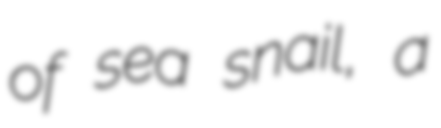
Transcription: of sea snail, a